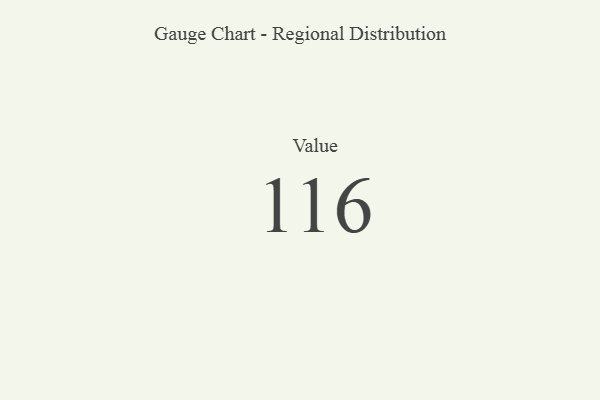
{"axis": {"x": "Metric", "y": "Value"}, "legend": [""], "data": [{"x": "Value", "y": 116, "type": ""}]}